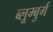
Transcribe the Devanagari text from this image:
ब्लूम्बुर्ग